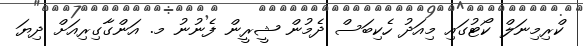
ކްރިމިނަލް ކޯޓުގައި މިއަދު ހެކިބަސް ދެމުން ޝީރީން ފެނުނު މ. އަންގާގިރިއަށް ދިޔަ